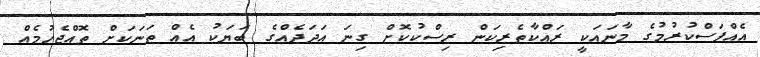
އެއްފަސްކުރުމުގެ މާނައަކީ ރައްކާތެރިކަން ރިސްކުކޮށް ގިނަ އަދަދެއްގެ ބަޔަކު އެއް ތަނަކަށް ތޮއްޖެހުމެއް